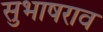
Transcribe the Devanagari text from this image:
सुभाषराव